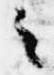
之